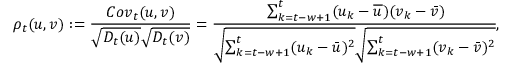
\centering \rho _ { t } ( u , v ) : = \frac { C o v _ { t } ( u , v ) } { \sqrt { D _ { t } ( u ) } \sqrt { D _ { t } ( v ) } } = \cfrac { \sum _ { k = t - w + 1 } ^ { t } ( u _ { k } - \overline { { u } } ) ( v _ { k } - \bar { v } ) } { \sqrt { \sum _ { k = t - w + 1 } ^ { t } ( u _ { k } - \bar { u } ) ^ { 2 } } \sqrt { \sum _ { k = t - w + 1 } ^ { t } ( v _ { k } - \bar { v } ) ^ { 2 } } } ,